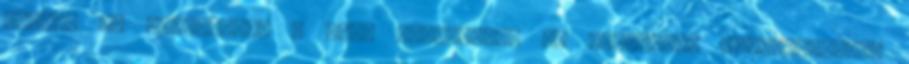
céljai és törekvései  Inf. rendszerek és hálózatok létesítésénél